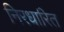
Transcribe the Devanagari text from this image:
निरधारित